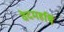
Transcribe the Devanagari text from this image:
वेदमहर्षि